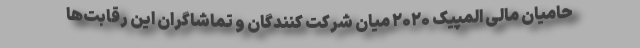
حامیان مالی المپیک ۲۰۲۰ میان شرکت کنندگان و تماشاگران این رقابت‌ها